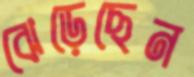
ঝেড়েছেন